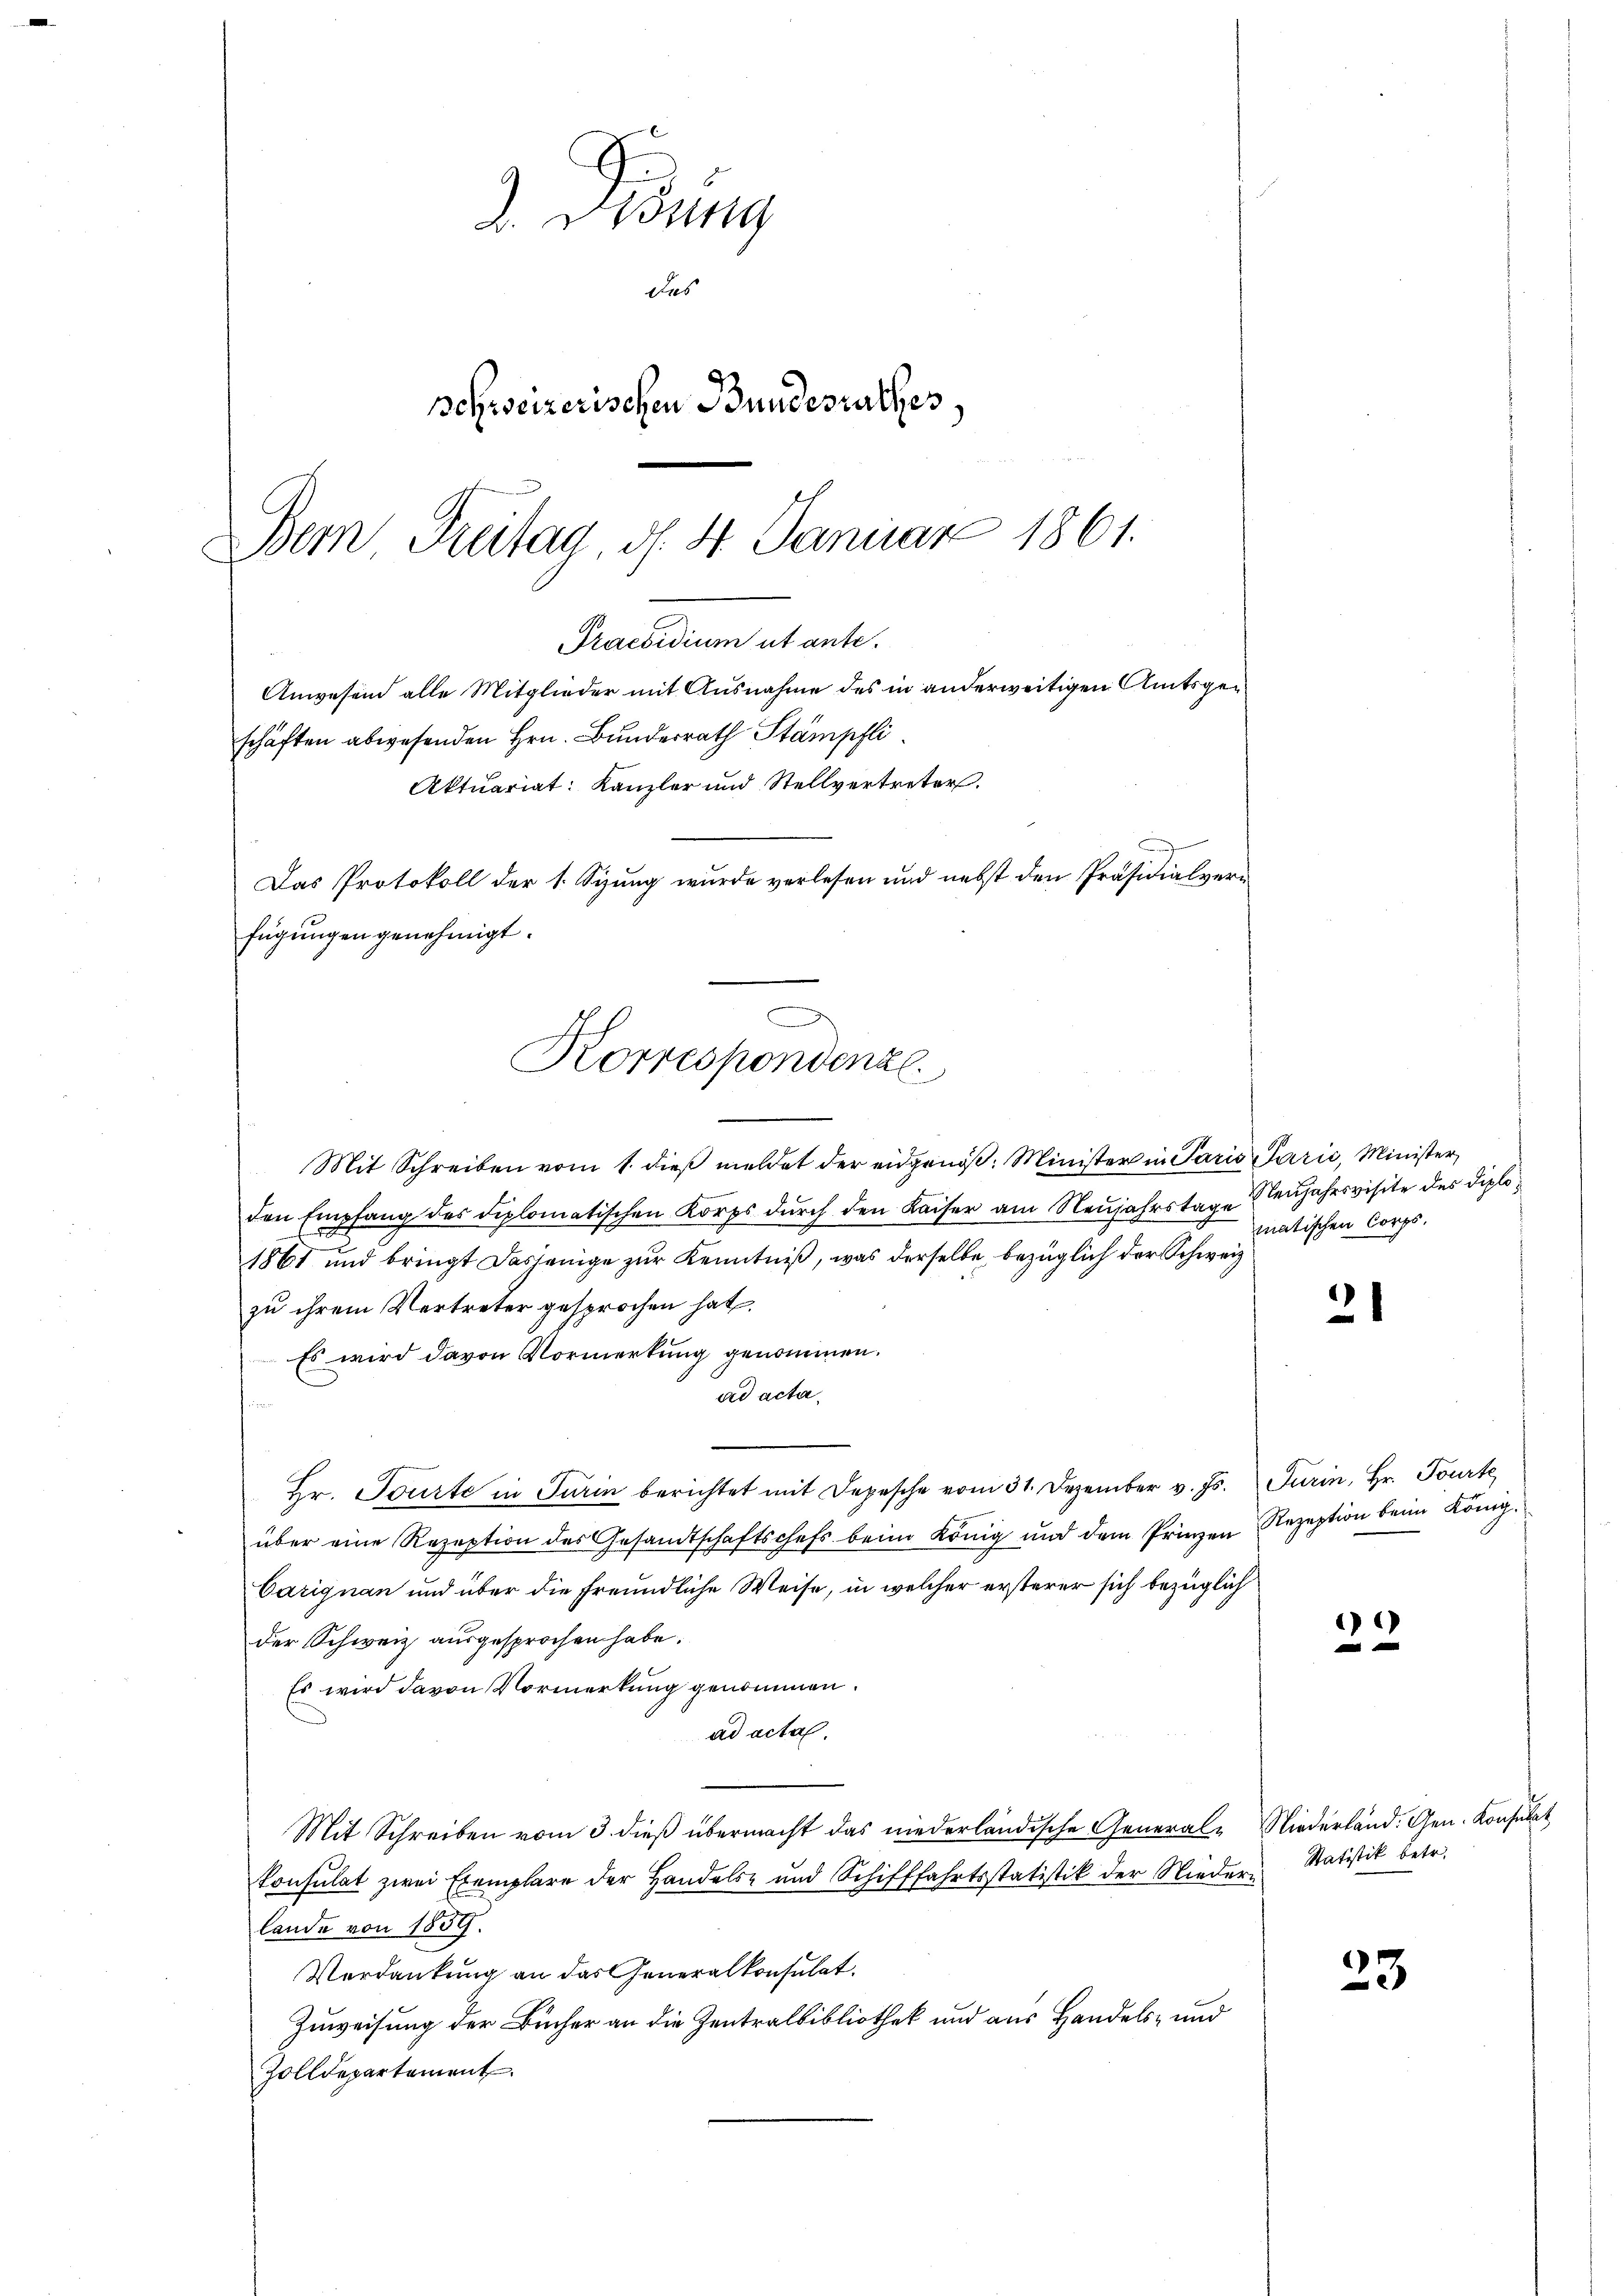
d. Gesung
das
schweizerischen Bundesrathes.
Bern Freitag, d. 4. Januar 1861.

Praesidium ut ante¬
Anwesend alle Mitglieder mit Ausnahme des in anderweitigen Amtsgeschäften abwesenden Hrn. Bunderrath Stämpfli
Aktuariat: Kanzler und Stellvertreter.
Das Protokoll der 1. Sizung wurde verlesen und nebst den Präsidialver-
fügungen genehmigt.
D
Korrespondenzl

e
Mit Schreiben vom 1. dieß meldet der eidgenöß. Minister in Paris Parić, Minister
den Empfang des diplomatischen Korps dŭrch den Kaiser am Neujahrstage
1861 und bringt dasjenige zur Kenntniß, was derselbe bezüglich der Schweiz
zu ihrem Vertreter gesprochen hat.
Es wird davon Vormerkung genommen.
ad acta.
Hr. Tourte in Turin berichtet mit Depesche vom 31. Dezember v. Js. Turin, Hr. Tourte
über eine Rezeption des Gesandtschaftschefs beim König und dem Prinzen Rezeption beim König.
Carignan und über die freundliche Weise, in welcher ersterer sich bezüglich
der Schweiz ausgesprochen habe.
Es wird davon Vormerkung genommen.
ad acta.
Mit Schreiben vom 3. dieβ übermacht das niederländische General- Niederland. Gen. Konsulat
konsulat zwei Exemplare der Handels- und Schifffahrtsstatistik der Nieder Statistik betr.
lande von 1859.
Verdankung an das Generalkonsultat.
Zuweisung der Bücher an die Zentralbibliothek und aus Handels- und
Zolldepartement.

Neujahrsvisite des Diplomatischen Corps.

2

9

23